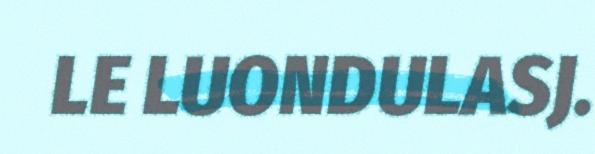
LE LUONDULASJ.